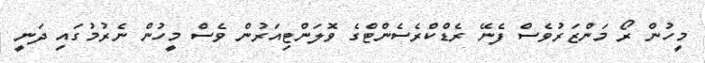
މީހުން ރޯ މަންޒަރުވެސް ފެނޭ ރެޑްކްރެސެންޓްގެ ވޮލަންޓިއަރުން ވެސް މީހުން ނެރުމުގައި ދަނީ